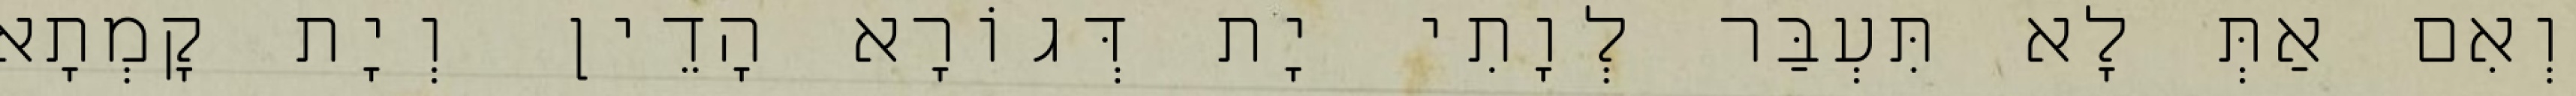
וְאִם אַתְּ לָא תִּעְבַּר לְוָתִי יָת דְּגוֹרָא הָדֵין וְיָת קָמְתָא